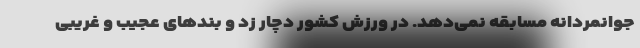
جوانمردانه مسابقه نمی‌دهد. در ورزش کشور دچار زد و بندهای عجیب و غریبی